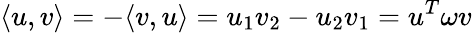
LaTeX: \langle u,v\rangle=-\langle v,u\rangle=u_{1}v_{2}-u_{2}v_{1}=u^{T}\omega v